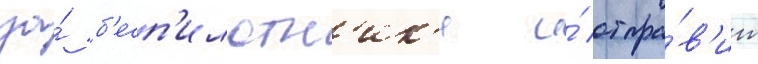
за́ б'есп'илотн'ик'и и́ отпра́в'ит